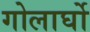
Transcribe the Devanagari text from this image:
गोलार्घो